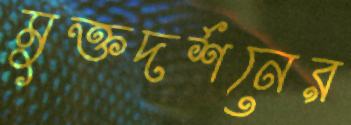
মুক্তদর্শনের